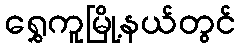
ရွှေကူမြို့နယ်တွင်